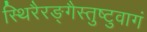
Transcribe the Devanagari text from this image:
स्थिरैरङ्गैस्तुष्टुवागं